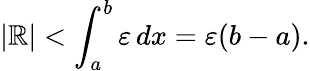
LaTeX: |\mathbb{R}|<\int_{a}^{b}\varepsilon\, dx=\varepsilon(b-a).